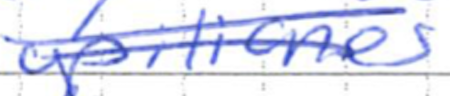
Text: opiliones
Cross-out: double-line
Writing tool: ballpoint